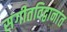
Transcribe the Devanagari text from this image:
संगीतविद्वानांत